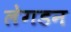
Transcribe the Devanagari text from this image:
लेगडन